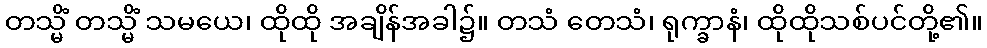
တသ္မိံ တသ္မိံ သမယေ၊ ထိုထို အချိန်အခါ၌။ တသံ တေသံ၊ ရုက္ခာနံ၊ ထိုထိုသစ်ပင်တို့၏။